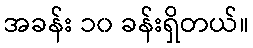
အခန်း ၁၀ ခန်းရှိတယ်။